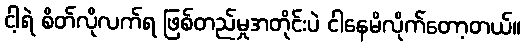
ငါ့ရဲ စိတ်လိုလက်ရ ဖြစ်တည်မှုအတိုင်းပဲ ငါနေမိလိုက်တော့တယ်။